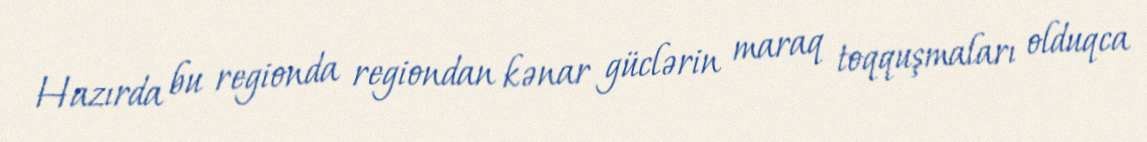
Hazırda bu regionda regiondan kənar güclərin maraq toqquşmaları olduqca